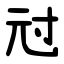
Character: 㝴